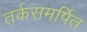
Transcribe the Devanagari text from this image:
तर्कसमर्पित